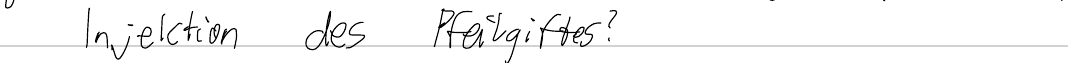
Injektion des Pfeilgiftes?